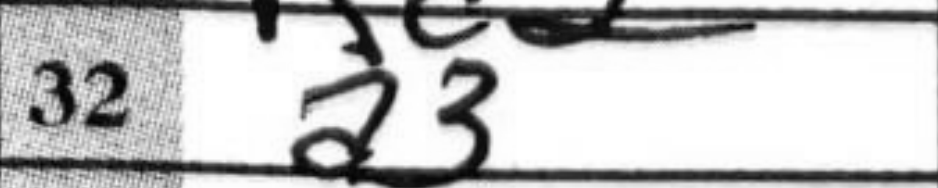
Transcription: a3